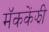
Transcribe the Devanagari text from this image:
मॅककेंझी